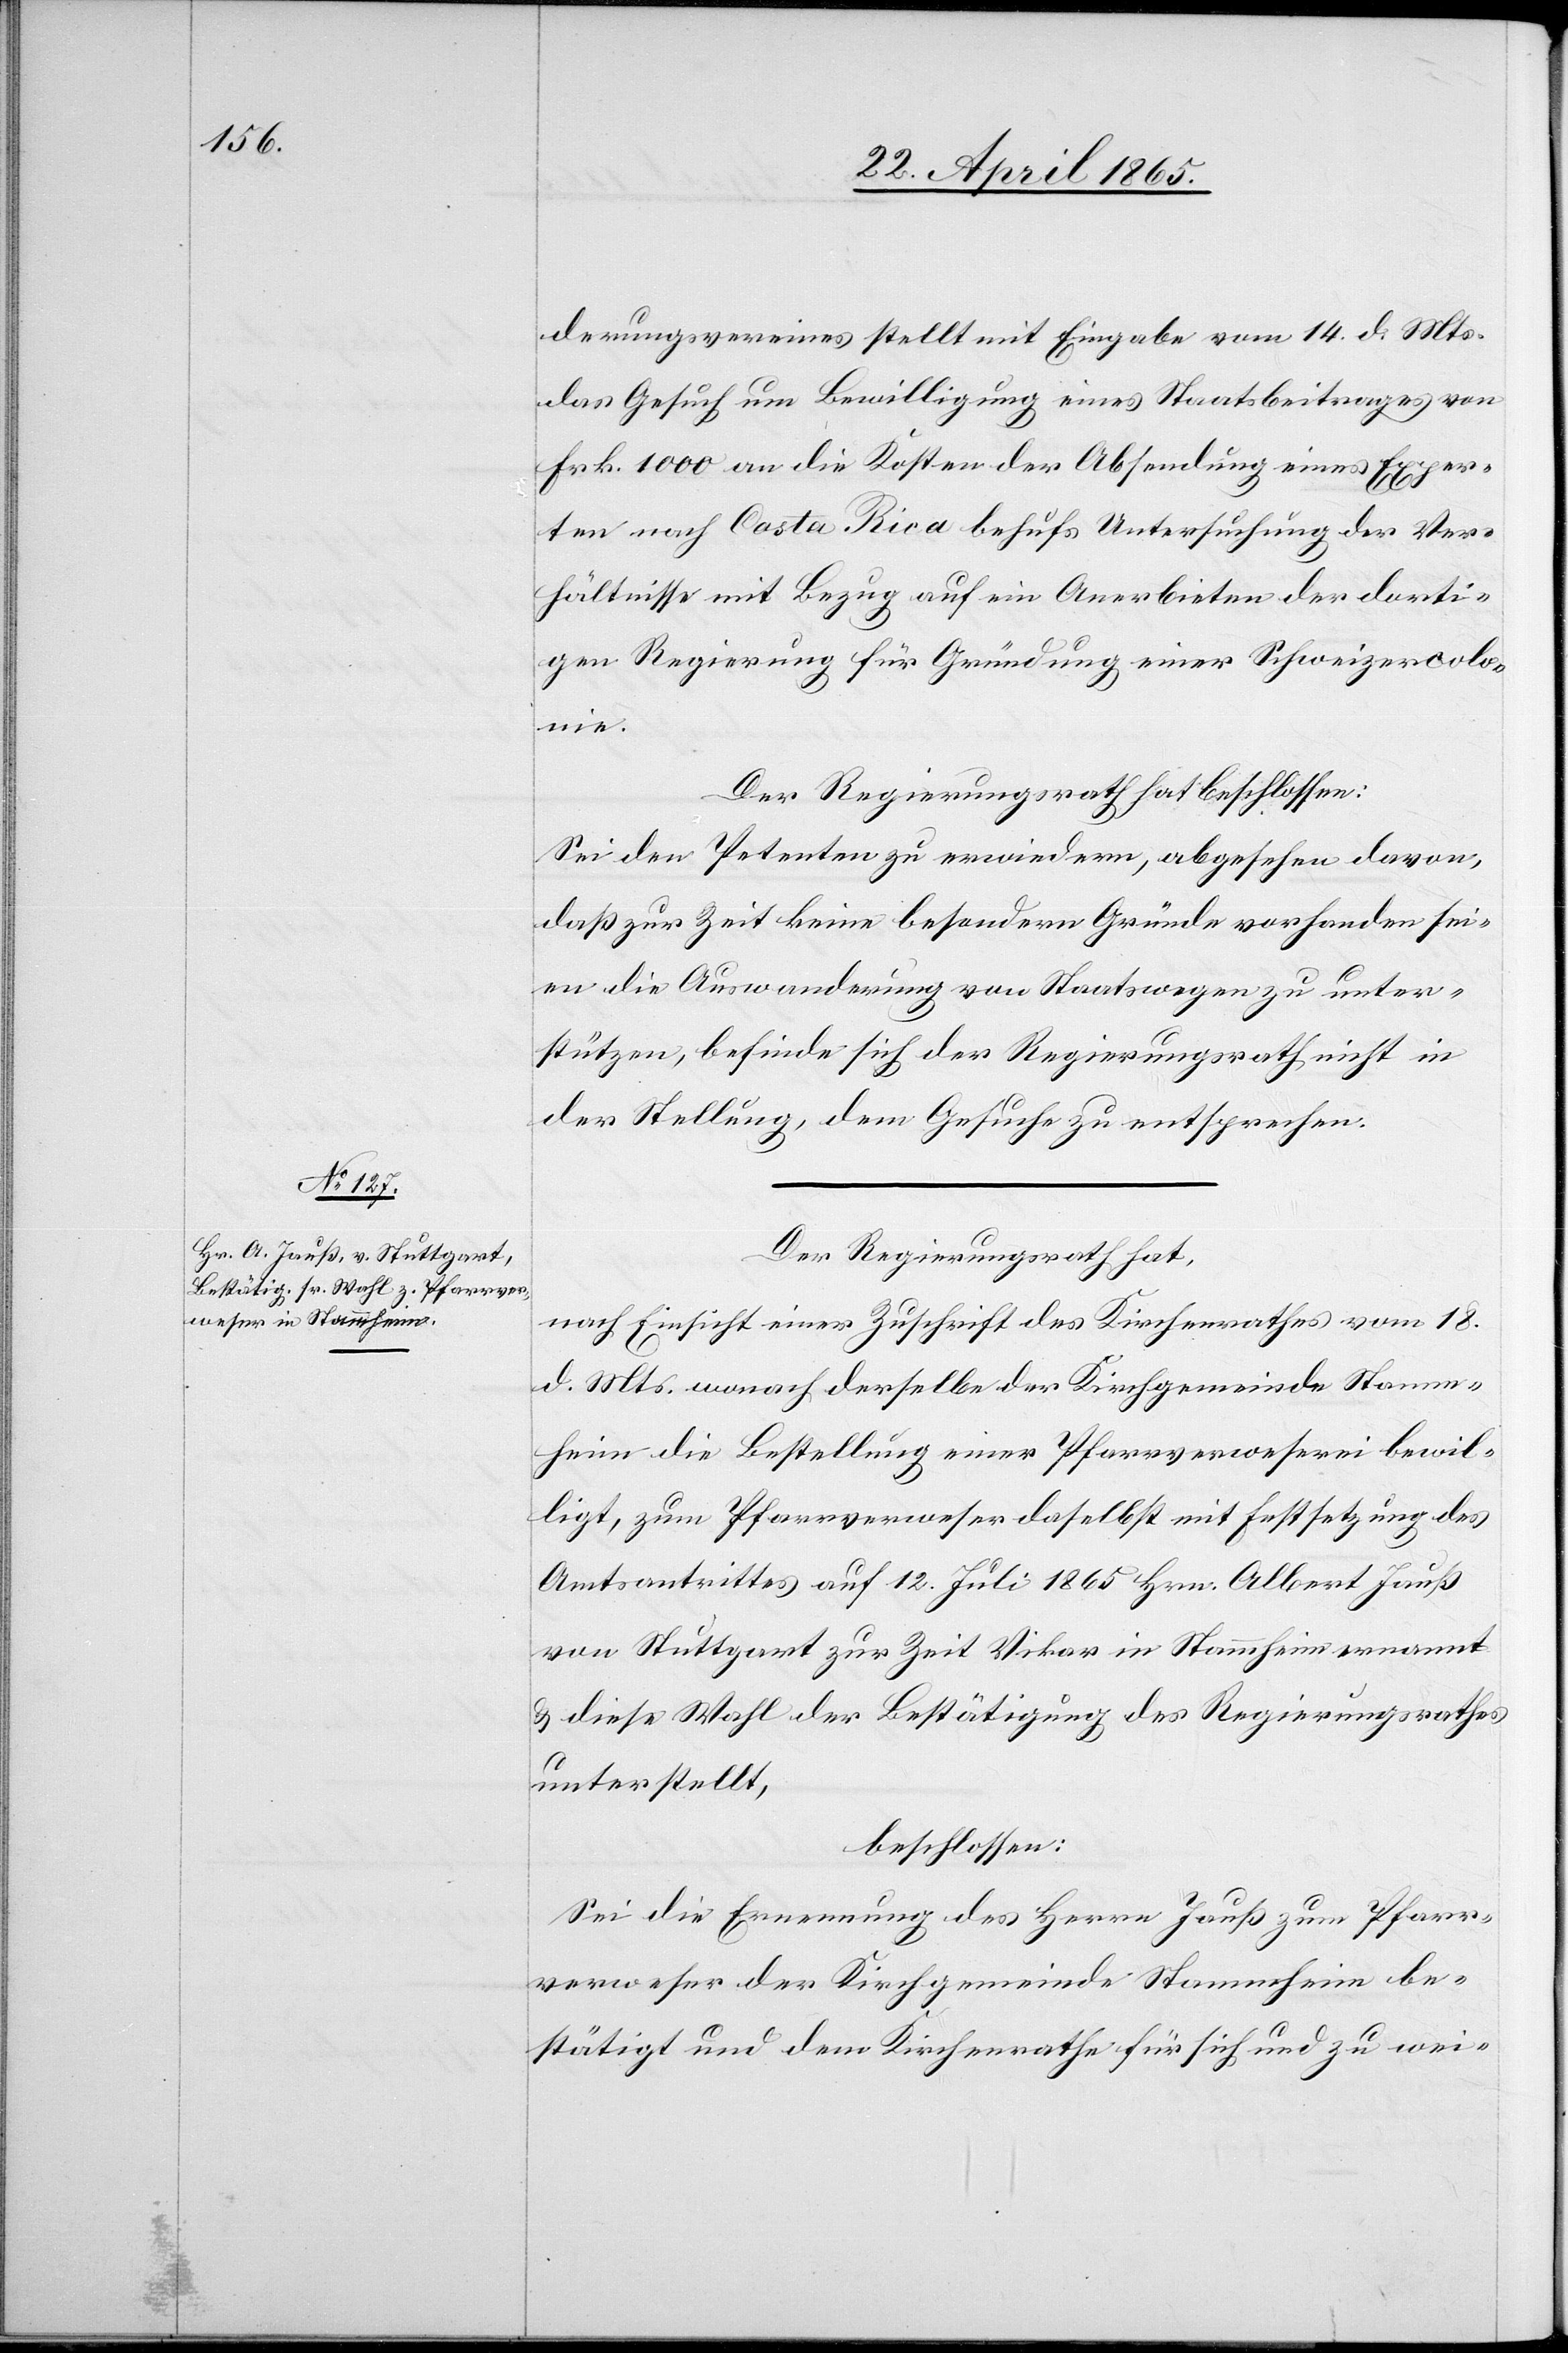
derungsvereines stellt mit Eingabe vom 14. d. Mts.
das Gesuch um Bewilligung eines Staatsbeitrages von
Frk. 1000 an die Kosten der Absendung eines Exper¬
ten nach Costa Rica behufs Untersuchung der Ver¬
hältnisse mit Bezug auf ein Anerbieten der dorti¬
gen Regierung für Gründung einer Schweizercolo¬
nie.
Der Regierungsrath hat beschlossen:
Sei den Petenten zu erwiedern, abgesehen davon,
daß zur Zeit keine besondern Gründe vorhanden sei¬
en die Auswanderung von Staatswegen zu unter¬
stützen, befinde sich der Regierungsrath nicht in
der Stellung, dem Gesuche zu entsprechen.
Der Regierungsrath hat,
nach Einsicht einer Zuschrift des Kirchenrathes vom 18.
d. Mts. wonach derselbe der Kirchgemeinde Stamm¬
heim die Bestellung einer Pfarrverweserei bewil¬
ligt, zum Pfarrverweser daselbst mit Festsetzung des
Amtsantrittes auf 12. Juli 1865 Hrn. Albert Jauß
von Stuttgart zur Zeit Vikar in Stammheim ernannt
& diese Wahl der Bestätigung des Regierungsrathes
unterstellt,
beschlossen:
Sei die Ernennung des Herrn Jauß zum Pfarr¬
verweser der Kirchgemeinde Stammheim be¬
stätigt und dem Kirchenrathe für sich und zu wei-